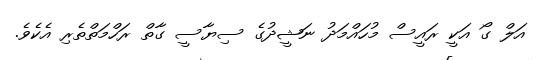
އަލް ގޯ އަކީ ރައީސް މުހައްމަދު ނަޝީދުގެ ސިޔާސީ ގާތް ރަހްމަތްތެރި އެކެވެ.